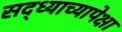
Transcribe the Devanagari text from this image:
सद्ध्याच्यापेक्षा